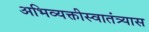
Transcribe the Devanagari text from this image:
अभिव्यक्तीस्वातंत्र्यास